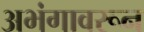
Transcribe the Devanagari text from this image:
अभंगावरून